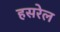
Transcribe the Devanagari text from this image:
हसरेल